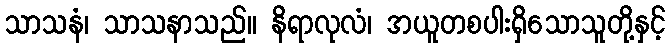
သာသနံ၊ သာသနာသည်။ နိရာလုလံ၊ အယူတစပါးရှိသောသူတို့နှင့်